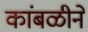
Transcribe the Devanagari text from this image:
कांबळीने